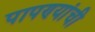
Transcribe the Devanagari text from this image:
पापण्यांची